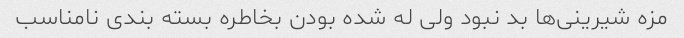
مزه شیرینی‌ها بد نبود ولی له شده بودن بخاطره بسته بندی نامناسب